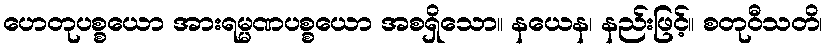
ဟေတုပစ္စယော အားရမ္မဏပစ္စယော အစရှိသော။ နယေန၊ နည်းဖြင့်။ စတုဝီသတိ၊